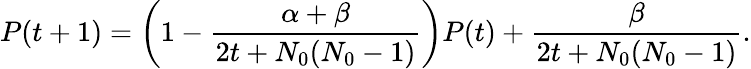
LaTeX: P(t+1)=\left(1-\frac{\alpha+\beta}{2t+N_{0}(N_{0}-1)}\right)P(t)+\frac{\beta}{2t+N_{0}(N_{0}-1)}.